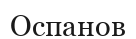
Оспанов